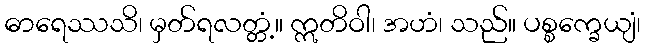
ဓာရေဿသိ၊ မှတ်ရလတ္တံ့။ ဣတိဝါ၊ အဟံ၊ သည်။ ပစ္စက္ခေယျံ၊